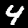
Label: 4